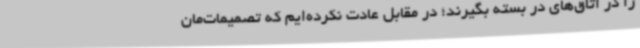
را در اتاق‌های در بسته بگیرند؛ در مقابل عادت نکرده‌ایم که تصمیمات‌مان